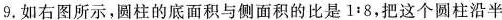
9.如右图所示，圆柱的底面积与侧面积的比是1:8，把这个圆柱沿半